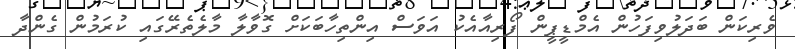
ވެރިކަން ބަދަލުވިފަހުން އެމްޑީޕީން ފޯރިއާއެކު އަވަސް އިންތިހާބަކަށް ގޮވާލާ މާލެތެރޭގައި ކުރަމުން ގެންދާ